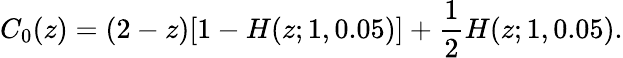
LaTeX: C_{0}(z)=(2-z)[1-H(z;1,0.05)]+\frac{1}{2}H(z;1,0.05).